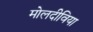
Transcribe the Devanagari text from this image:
मोलदीविया